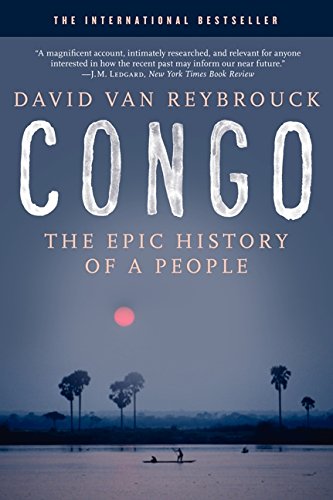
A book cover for Congo: The Epic History of a People; David Van Reybrouck; History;